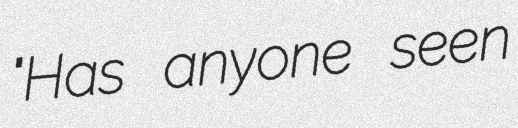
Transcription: "Has anyone seen